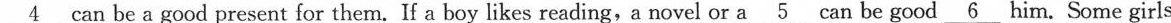
\underline{4}can be a good present for them. If a boy likes reading, a novel or a\underline{5} can be good\underline{6} him.Some girls